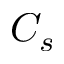
C _ { s }